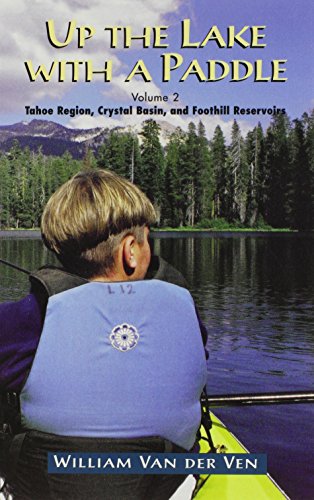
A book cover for Up the Lake With a Paddle - Canoe and Kayak Guide - Tahoe Region, Crystal Basin, and Foothill Reservoirs; William Van Der Ven; Travel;